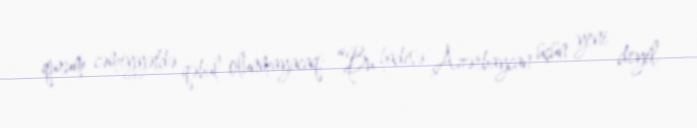
qurum cəmiyyətdə qəbul olunmayacaq: “Bu hadisə Azərbaycan üçün yeni deyil.